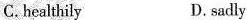
C.healthily D. sadly